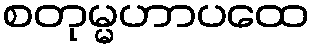
စတုမ္မဟာပထေ